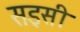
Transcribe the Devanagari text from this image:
सइसी